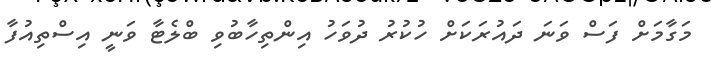
މަގާމަށް ފަސް ވަނަ ދައުރަކަށް ހުކުރު ދުވަހު އިންތިހާބުވި ބްލެޓާ ވަނީ އިސްތިއުފާ